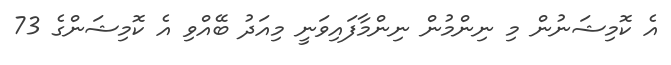
އެ ކޮމިޝަނުން މި ނިންމުން ނިންމާފައިވަނީ މިއަދު ބޭއްވި އެ ކޮމިޝަންގެ 73